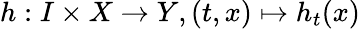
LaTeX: h:I\times X\to Y,(t,x)\mapsto h_{t}(x)